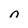
Character: n